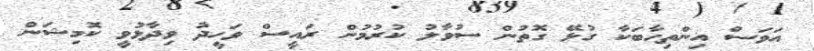
އަވަސް އިންތިހާބަކާ ގުޅޭ ގޮތުން ސުވާލު ކުރުމުން ރައީސް ވަހީދު ވިދާޅުވީ ކޮމިޝަން